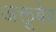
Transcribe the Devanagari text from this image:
अक्तूबेर